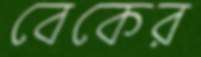
বেকের